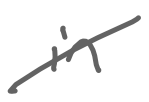
Text: in
Cross-out: diagonal
Writing tool: digital_gray